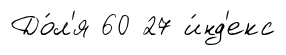
До́л'я 60 27 и́нд'екс